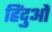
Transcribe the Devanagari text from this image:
हिंदुओें